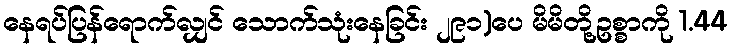
နေရပ်ပြန်ရောက်လျှင် သောက်သုံးနေခြင်း ၂၉၁)ပေ မိမိတို့ဥစ္စာကို 1.44